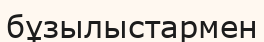
бұзылыстармен